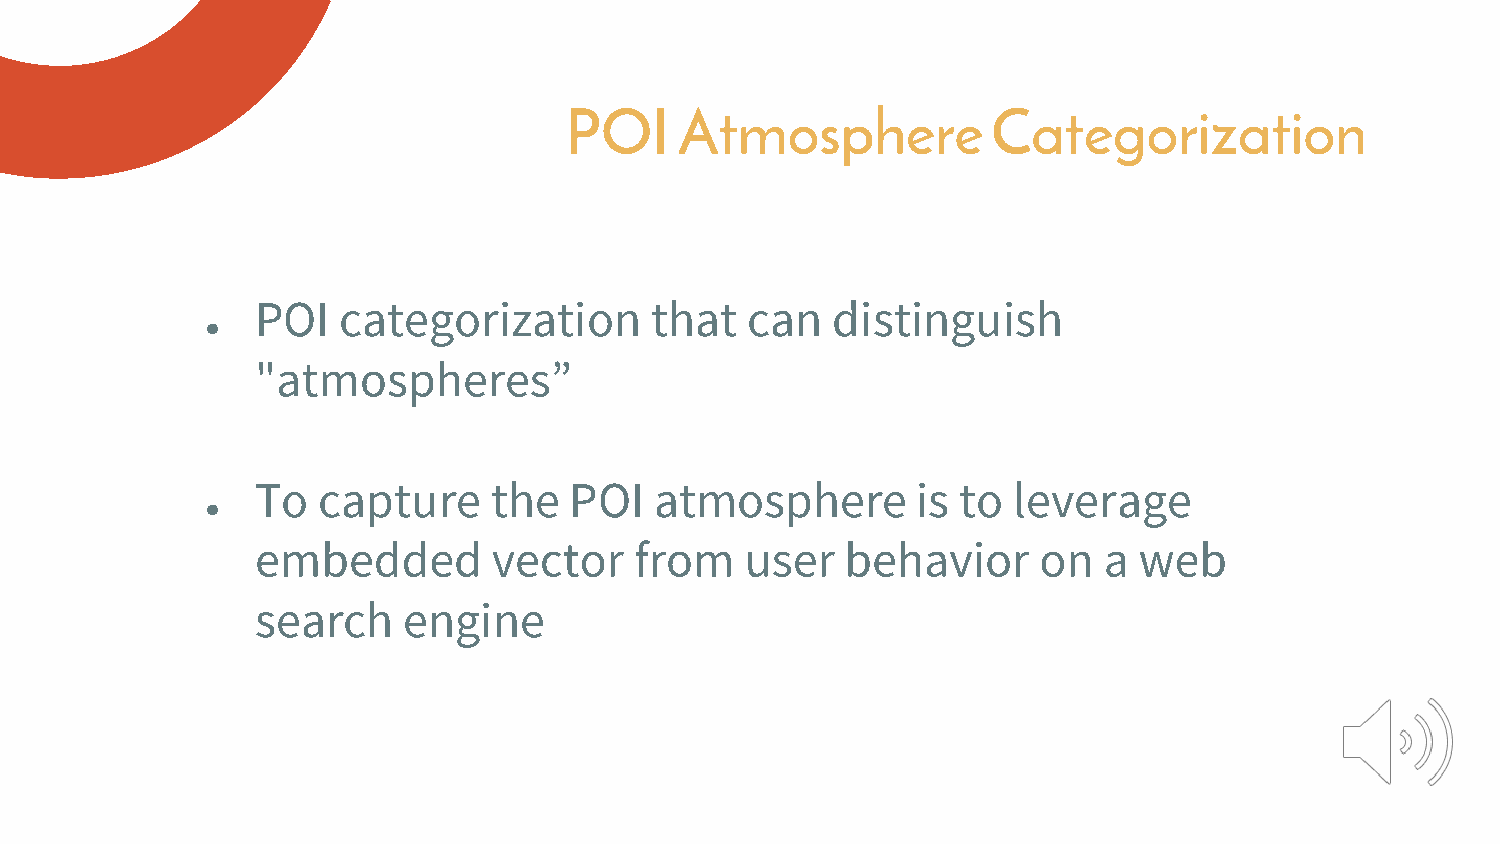
POI     Atmosphere           Categorization
 POI  categorization       that  can   distinguish
 ●
 "atmospheres”
 To  capture    the   POI  atmosphere        is to leverage
 ●
 embedded        vector   from   user   behavior     on  a web
 search    engine